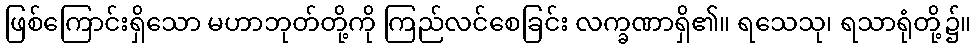
ဖြစ်ကြောင်းရှိသော မဟာဘုတ်တို့ကို ကြည်လင်စေခြင်း လက္ခဏာရှိ၏။ ရသေသု၊ ရသာရုံတို့၌။